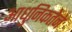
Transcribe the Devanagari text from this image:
आधुनिकतेने